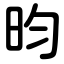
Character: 昀